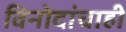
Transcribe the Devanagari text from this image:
विनोदांचाही